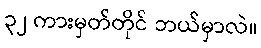
၃၂ ကားမှတ်တိုင် ဘယ်မှာလဲ။